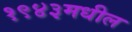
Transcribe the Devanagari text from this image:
१९४३मधील